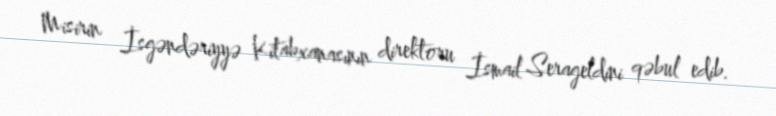
Misirin İsgəndəriyyə Kitabxanasının direktoru İsmail Serageldini qəbul edib.